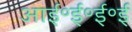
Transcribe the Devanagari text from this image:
आई॰ई॰ई॰ई